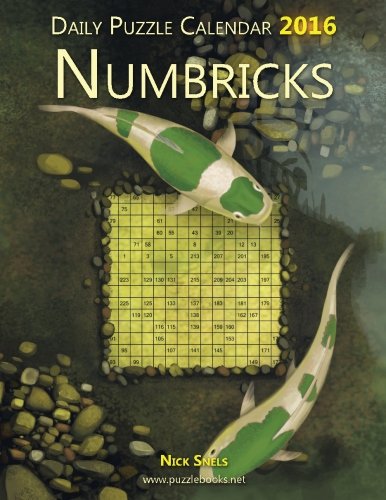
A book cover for Daily Numbricks Puzzle Calendar 2016 (Daily Puzzle Calendar 2016); Nick Snels; Calendars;